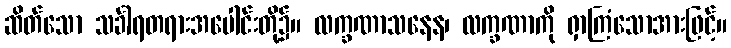
ဆိတ်သော သင်္ခါရတရားအပေါင်းတို့၌။ လက္ခဏာသနေန၊ လက္ခဏာကို ရှာကြံသောအားဖြင့်။